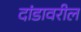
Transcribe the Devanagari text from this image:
दांडावरील